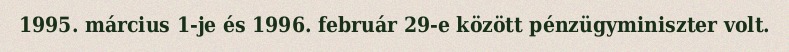
1995. március 1-je és 1996. február 29-e között pénzügyminiszter volt.